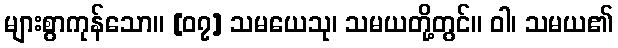
များစွာကုန်သော။ [၀၇] သမယေသု၊ သမယတို့တွင်။ ဝါ၊ သမယ၏